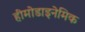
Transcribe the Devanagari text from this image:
हीमोडाइनेमिक